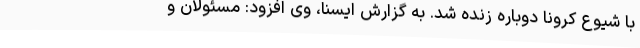
با شیوع کرونا دوباره زنده شد. به گزارش ایسنا، وی افزود: مسئولان و